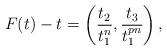
LaTeX: \begin{align*}F(t)-t= \left(\frac{t_{2}}{t_{1}^{n}},\frac{t_{3}}{t_{1}^{pn}}\right), \end{align*}